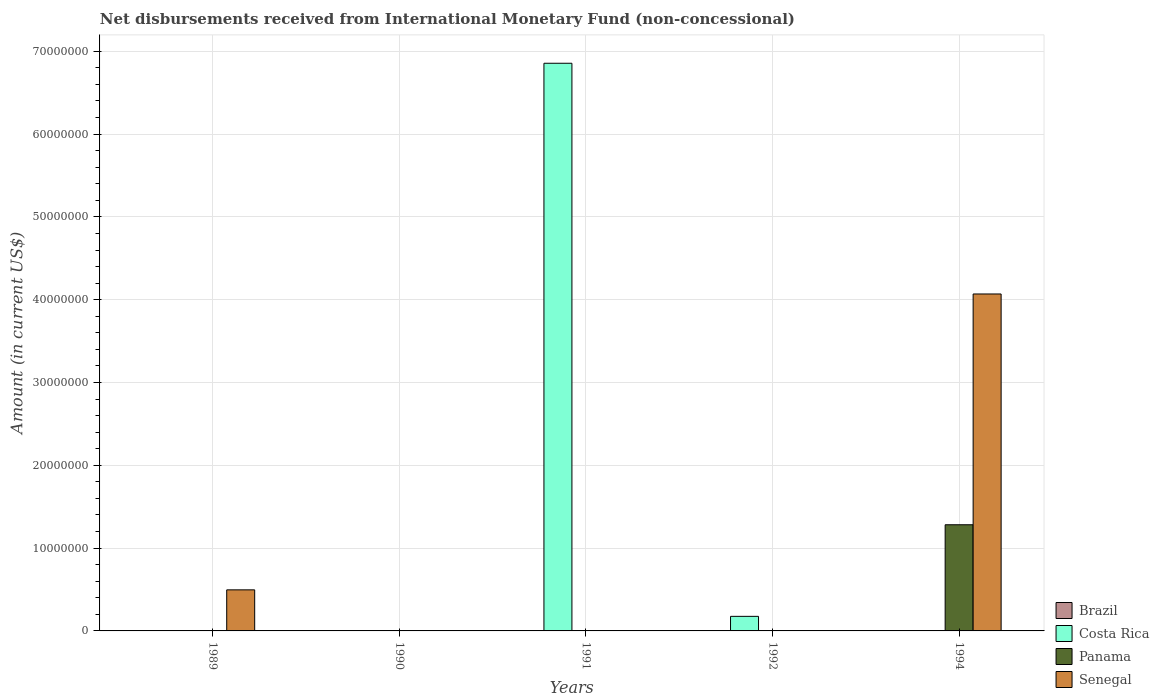
| Years | Brazil | Costa Rica | Panama | Senegal |
 | --- | --- | --- | --- | --- |
 | 1989 | -8.12e+08 | -3.35e+07 | -7.69e+05 | 4.96e+06 |
 | 1990 | -7.65e+08 | -2.58e+07 | -7.05e+07 | -5.53e+07 |
 | 1991 | -5.67e+08 | 6.86e+07 | -5.55e+07 | -4.74e+07 |
 | 1992 | -4e+08 | 1.76e+06 | -9.99e+07 | -3.96e+07 |
 | 1994 | -1.34e+08 | -1.98e+07 | 1.28e+07 | 4.07e+07 |